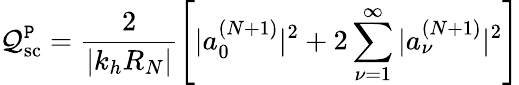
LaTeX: \mathcal{Q}_{\textrm{{sc}}}^{\texttt{{P}}}=\frac{{2}}{{|k_{h}R_{N}|}}\left[|a_{0}^{(N+1)}|^{2}+2\sum_{\nu=1}^{\infty}|a_{\nu}^{(N+1)}|^{2}\right]